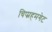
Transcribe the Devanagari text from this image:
चिप्प्नहमगेट